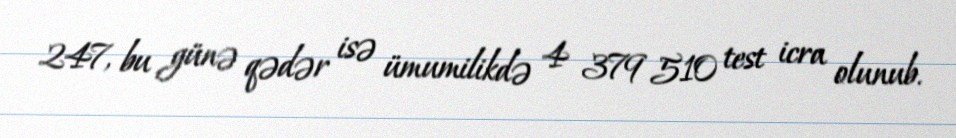
247, bu günə qədər isə ümumilikdə 4 379 510 test icra olunub.